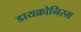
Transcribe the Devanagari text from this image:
डायक्रोनिस्म